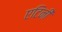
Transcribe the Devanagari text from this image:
एटिनी